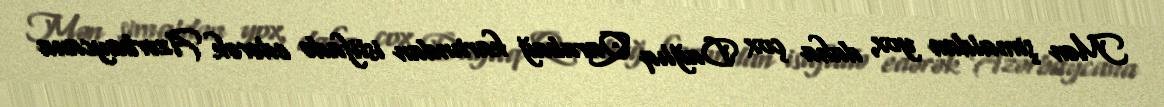
Mən şimaldan yox, daha çox Dağlıq Qarabağ kartından istifadə edərək Azərbaycana